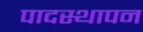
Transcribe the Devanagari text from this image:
पादस्थापन